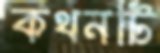
কথনটি